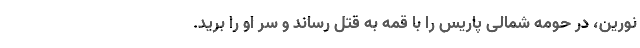
نورین، در حومه شمالی پاریس را با قمه به قتل رساند و سر او را برید.